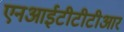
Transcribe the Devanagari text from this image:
एनआईटीटीटीआर